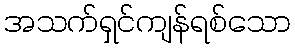
အသက်ရှင်ကျန်ရစ်သော